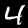
Digit: 4